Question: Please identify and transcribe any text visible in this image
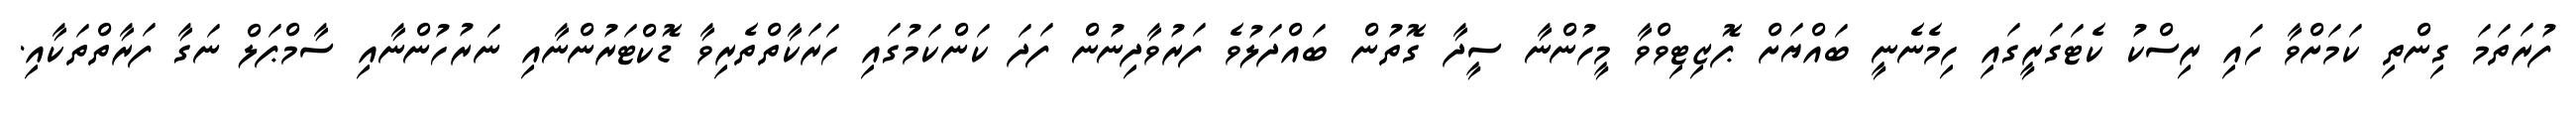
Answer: ފުރަތަމަ ގިންތި ކަމަށްވާ ހައި ރިސްކު ކެޓަގަރީގައި ހިމެނެނީ ބައްޔަށް ޕޮޒިޓިވްވާ މީހުންނާ ސީދާ ގޮތުން ބައްދަލުވެ ފަރުވާދިނުން ފަދަ ކަންކަމުގައި ހަރަކާތްތެރިވާ ޑޮކްޓަރުންނާއި ނަރުހުންނާއި ސާމްޕަލް ނަގާ ފަރާތްތަކާއި.